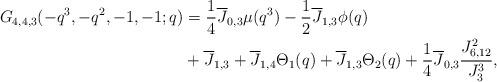
LaTeX: \begin{align*} G_{4,4,3}(-q^3,-q^2,-1,-1;q) &=\frac{1}{4}\overline{J}_{0,3}\mu(q^3) -\frac{1}{2}\overline{J}_{1,3}\phi(q)\\ &+\overline{J}_{1,3}+\overline{J}_{1,4}\Theta_{1}(q) +\overline{J}_{1,3}\Theta_{2}(q) +\frac{1}{4}\overline{J}_{0,3}\frac{J_{6,12}^2}{J_{3}^3},\end{align*}